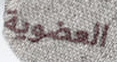
العضوية